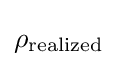
\rho _{\text{realized }}